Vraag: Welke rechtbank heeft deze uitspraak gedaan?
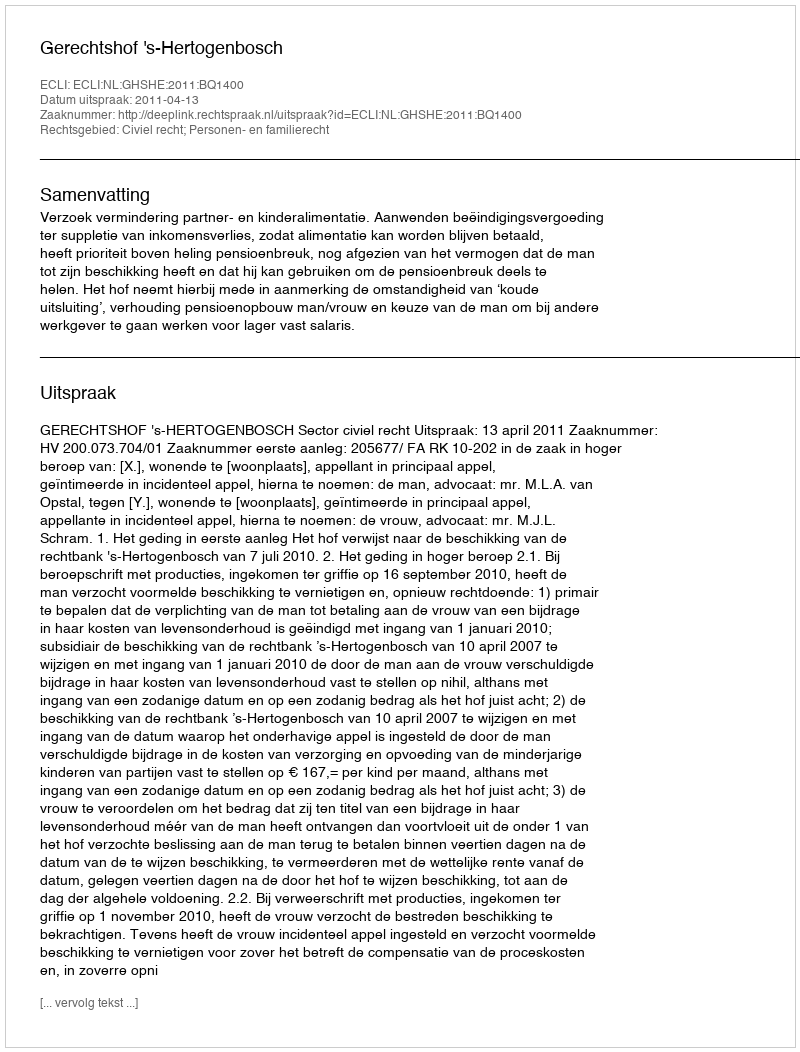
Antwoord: Gerechtshof 's-Hertogenbosch